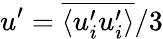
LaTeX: u^{\prime}=\overline{{\langle u_{i}^{\prime}u_{i}^{\prime}\rangle}}/3